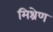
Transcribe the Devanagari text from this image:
मिश्रेण